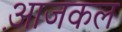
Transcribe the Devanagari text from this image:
आ़जकल